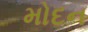
મોદન